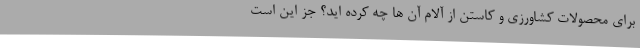
برای محصولات کشاورزی و کاستن از آلام آن ها چه کرده اید؟ جز این است